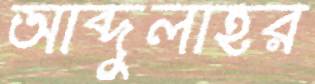
আব্দুলাহর